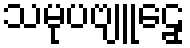
သမုပဗျူဠှေ